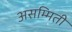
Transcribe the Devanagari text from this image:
असम्मिती